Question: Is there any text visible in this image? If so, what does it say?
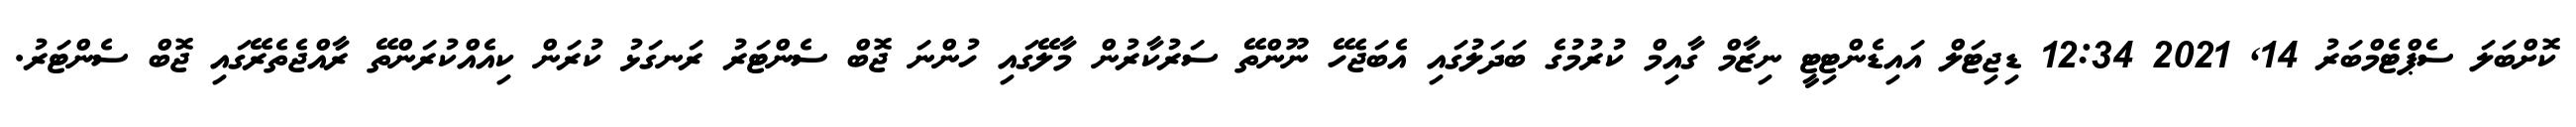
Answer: ކޮށްބަލަ ސެޕްޓެމްބަރު 14, 2021 12:34 ޑިޖިޓަލް އައިޑެންޓިޓީ ނިޒާމް ގާއިމް ކުރުމުގެ ބަދަލުގައި އެބަޖެހޭ ނޫންތޭ ސަރުކާރުން މާލޭގައި ހުންނަ ޖޮބް ސެންޓަރު ރަނގަޅު ކުރަން ކިއެއްކުރަންތޭ ރާއްޖެތެރޭގައި ޖޮބް ސެންޓަރު.